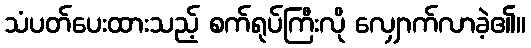
သံပတ်ပေးထားသည့် စက်ရုပ်ကြီးလို လျှောက်လာခဲ့၏။